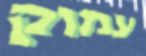
עמוק